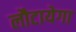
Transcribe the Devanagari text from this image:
लौटायेगा